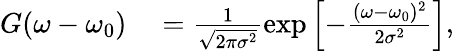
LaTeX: \begin{array}{rl}{G(\omega-\omega_{0})}&{{}=\frac{1}{\sqrt{2\pi\sigma^{2}}}\exp\left[-\frac{(\omega-\omega_{0})^{2}}{2\sigma^{2}}\right],}\end{array}